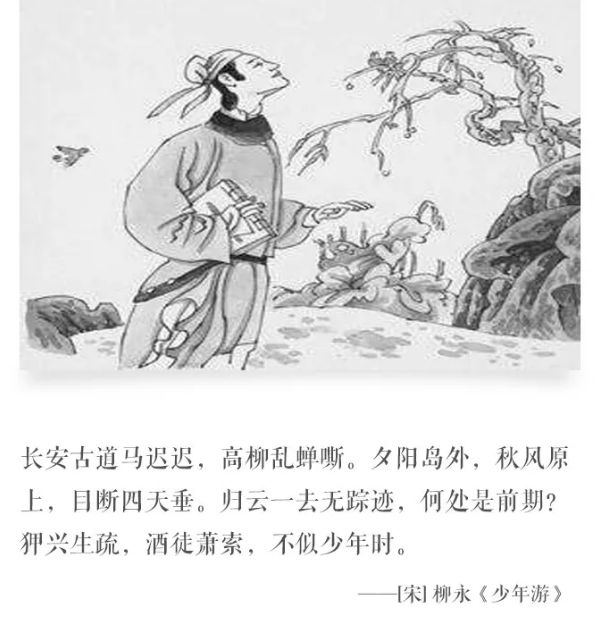
少年心事当拿云，谁念幽寒坐呜呃。